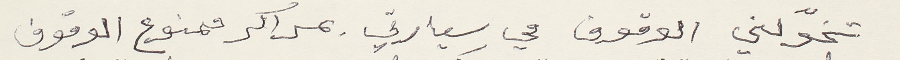
تخوّلني الوقوف في سيارتي بمراكز ممنوع الوقوف